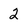
Character: 2